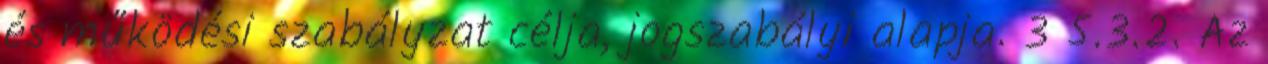
és működési szabályzat célja, jogszabályi alapja. 3 5.3.2. Az